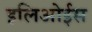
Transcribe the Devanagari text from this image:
इलिओईस